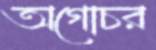
অগোচর